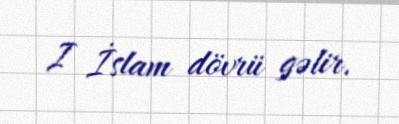
I İslam dövrü gəlir.